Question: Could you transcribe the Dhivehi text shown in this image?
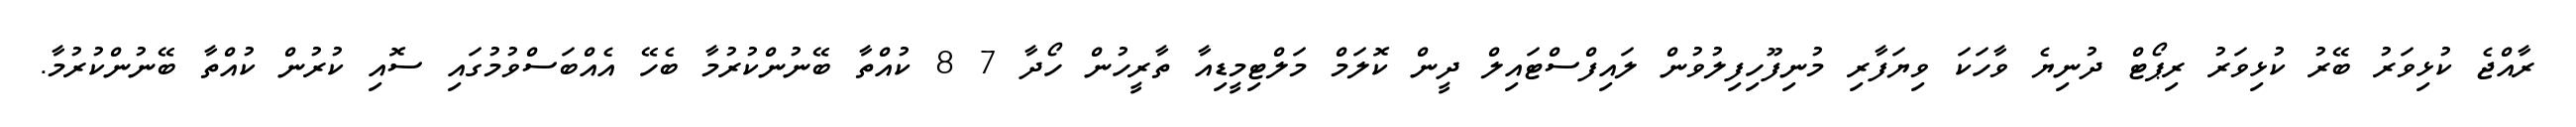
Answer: ރާއްޖެ ކުޅިވަރު ބޭރު ކުޅިވަރު ރިޕޯޓް ދުނިޔެ ވާހަކަ ވިޔަފާރި މުނިފޫހިފިލުވުން ލައިފްސްޓައިލް ދީން ކޮލަމް މަލްޓިމީޑިއާ ތާރީހުން ހޯދާ 7 8 ކުއްތާ ބޭނުންކުރުމާ ބެހޭ އެއްބަސްވުމުގައި ސޮއި ކުރުން ކުއްތާ ބޭނުންކުރުމާ.